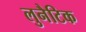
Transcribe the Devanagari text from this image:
लुनैटिक